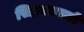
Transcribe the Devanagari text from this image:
सिद्धगडवाडी